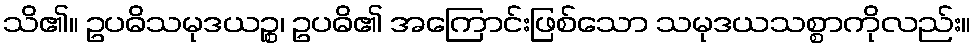
သိ၏။ ဥပဓိသမုဒယဉ္စ၊ ဥပဓိ၏ အကြောင်းဖြစ်သော သမုဒယသစ္စာကိုလည်း။